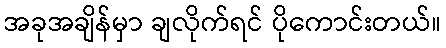
အခုအချိန်မှာ ချလိုက်ရင် ပိုကောင်းတယ်။